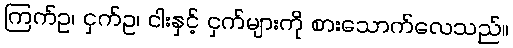
ကြက်ဥ၊ ငှက်ဥ၊ ငါးနှင့် ငှက်များကို စားသောက်လေသည်။